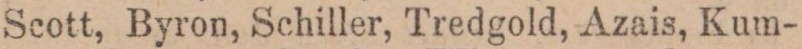
Scott, Byron, Schiller, Tredgold, Azais, Kum-